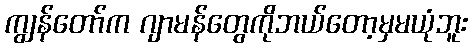
ကျွန်တော်က ဂျာမန်တွေကိုဘယ်တော့မှမယုံဘူး